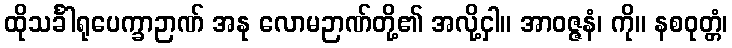
ထိုသင်္ခါရုပေက္ခာဉာဏ် အနု လောမဉာဏ်တို့၏ အလို့ငှါ။ အာဝဇ္ဇနံ၊ ကို။ နစဝုတ္တံ၊